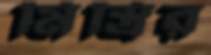
মিস্ত্রির